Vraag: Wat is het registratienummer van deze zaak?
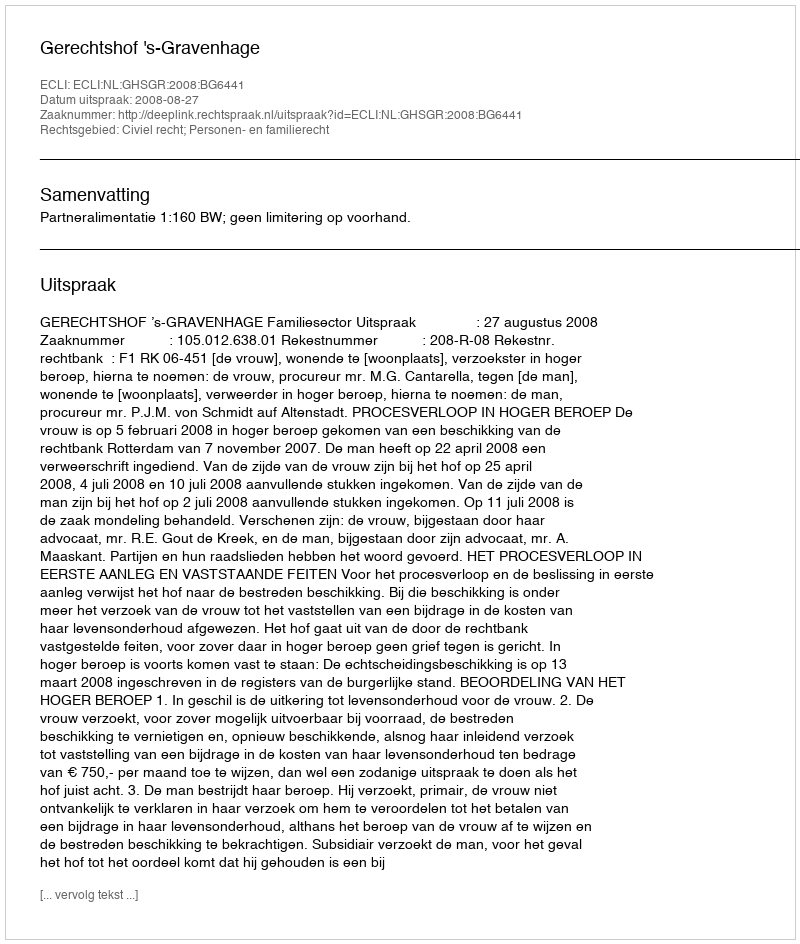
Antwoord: http://deeplink.rechtspraak.nl/uitspraak?id=ECLI:NL:GHSGR:2008:BG6441